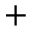
^ { + }